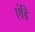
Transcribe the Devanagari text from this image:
एंडि